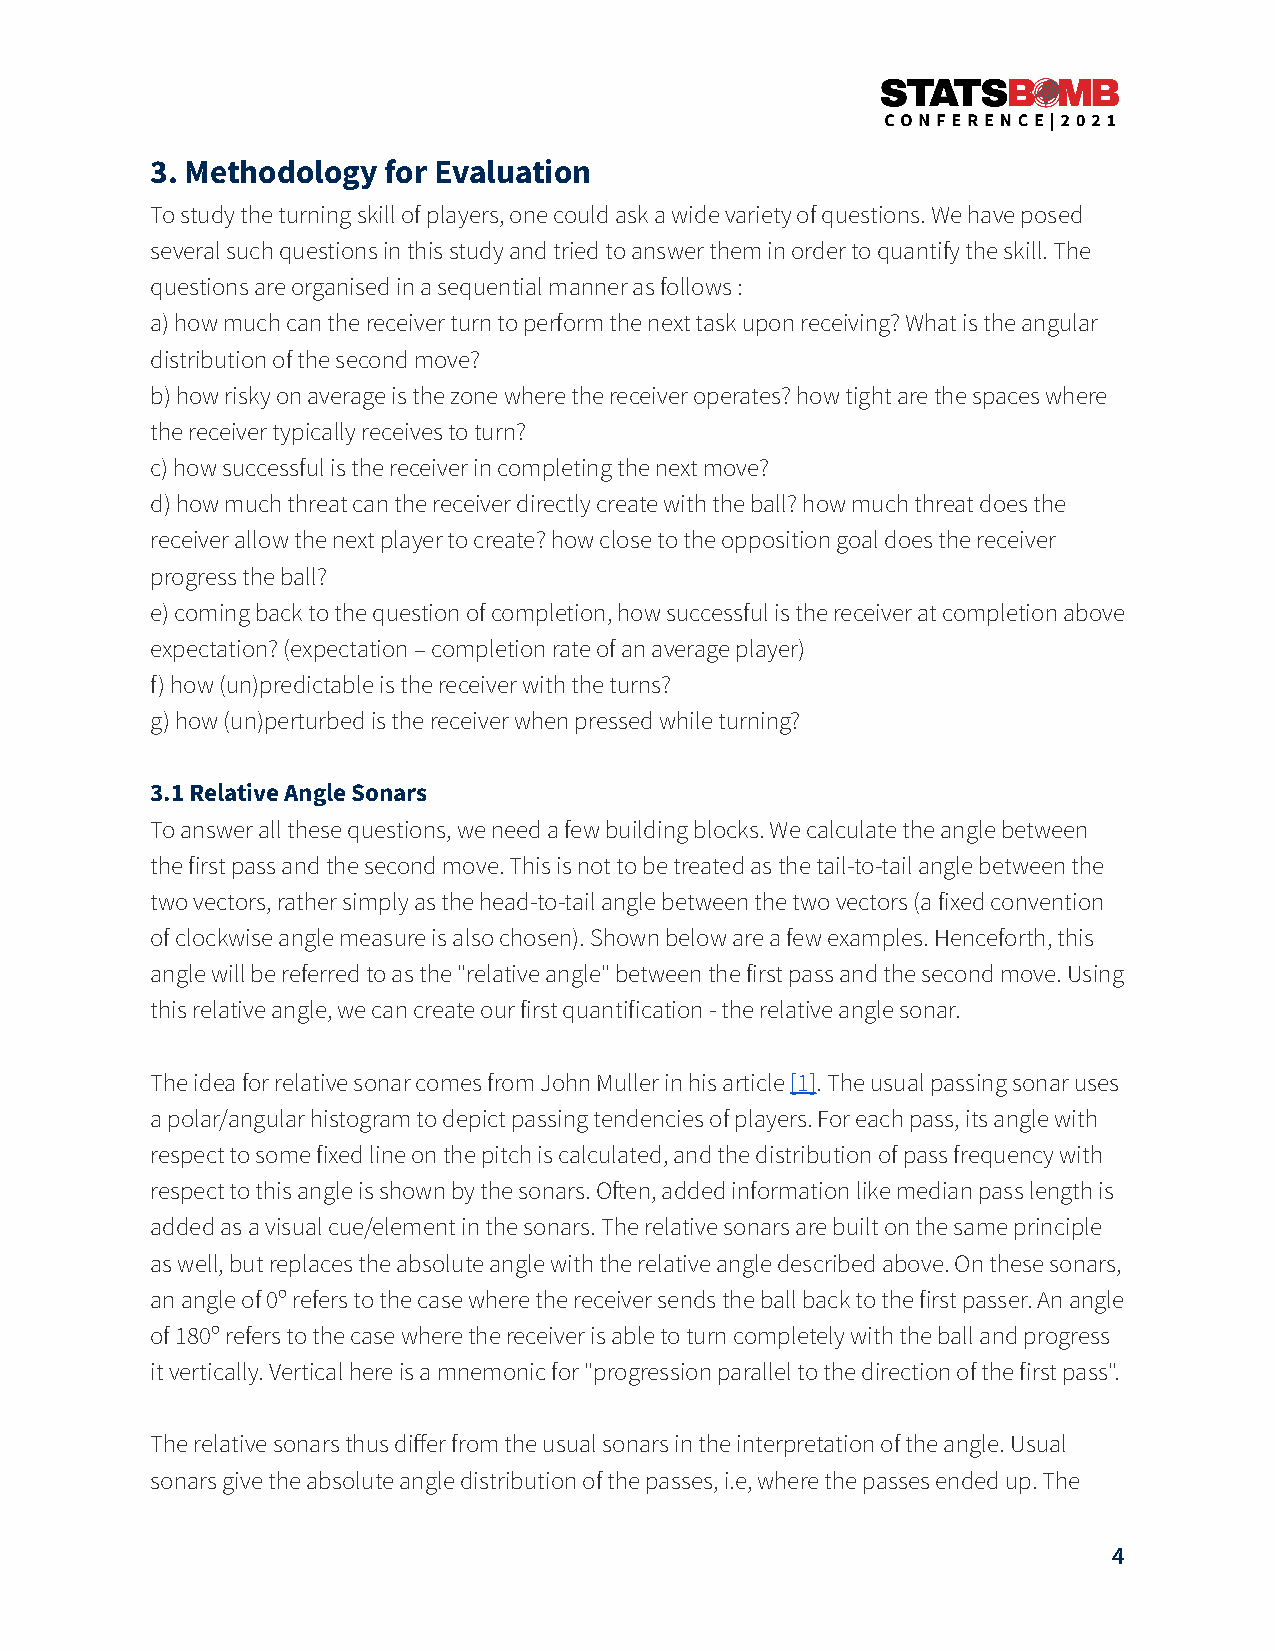
3. Methodology for Evaluation
 To study the turning skill of players, one could ask a wide variety of questions. We have posed
 several such questions in this study and tried to answer them in order to quantify the skill. The
 questions are organised in a sequential manner as follows :
 a) how much can the receiver turn to perform the next task upon receiving? What is the angular
 distribution of the second move?
 b) how risky on average is the zone where the receiver operates? how tight are the spaces where
 the receiver typically receives to turn?
 c) how successful is the receiver in completing the next move?
 d) how much threat can the receiver directly create with the ball? how much threat does the
 receiver allow the next player to create? how close to the opposition goal does the receiver
 progress the ball?
 e) coming back to the question of completion, how successful is the receiver at completion above
 expectation? (expectation = completion rate of an average player)
 f) how (un)predictable is the receiver with the turns?
 g) how (un)perturbed is the receiver when pressed while turning?
 3.1 Relative Angle Sonars
 To answer all these questions, we need a few building blocks. We calculate the angle between
 the first pass and the second move. This is not to be treated as the tail-to-tail angle between the
 two vectors, rather simply as the head-to-tail angle between the two vectors (a fixed convention
 of clockwise angle measure is also chosen). Shown below are a few examples. Henceforth, this
 angle will be referred to as the "relative angle" between the first pass and the second move. Using
 this relative angle, we can create our first quantification - the relative angle sonar.
 The idea for relative sonar comes from John Muller in his article[1]. The usual passing sonar uses
 a polar/angular histogram to depict passing tendencies of players. For each pass, its angle with
 respect to some fixed line on the pitch is calculated, and the distribution of pass frequency with
 respect to this angle is shown by the sonars. Oen, added information like median pass length is
 added as a visual cue/element in the sonars. The relative sonars are built on the same principle
 as well, but replaces the absolute angle with the relative angle described above. On these sonars,
 an angle of 0º refers to the case where the receiver sends the ball back to the first passer. An angle
 of 180º refers to the case where the receiver is able to turn completely with the ball and progress
 it vertically. Vertical here is a mnemonic for "progression parallel to the direction of the first pass".
 The relative sonars thus differ from the usual sonars in the interpretation of the angle. Usual
 sonars give the absolute angle distribution of the passes, i.e, where the passes ended up. The
 4